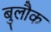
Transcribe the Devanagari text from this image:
बुलौक